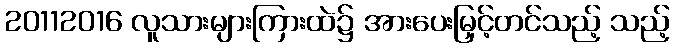
20112016 လူသားများကြားထဲ၌ အားပေးမြှင့်တင်သည့် သည့်